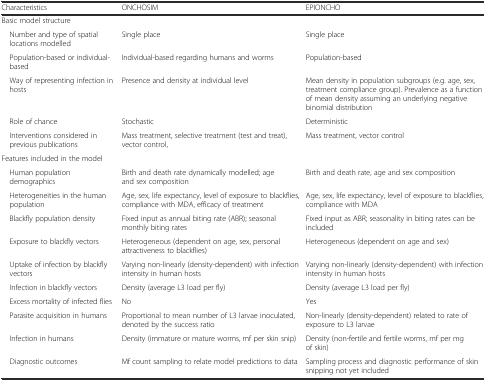
| Characteristics | ONCHOSIM | EPIONCHO |
 | --- | --- | --- |
 | Basic model structure |  |  |
 | Number and type of spatial locations modelled | Single place | Single place |
 | Population-based or individual-based | Individual-based regarding humans and worms | Population-based |
 | Way of representing infection in hosts | Presence and density at individual level | Mean density in population subgroups (e.g. age, sex, treatment compliance group). Prevalence as a function of mean density assuming an underlying negative binomial distribution |
 | Role of chance | Stochastic | Deterministic |
 | Interventions considered in previous publications | Mass treatment, selective treatment (test and treat), vector control, | Mass treatment, vector control |
 | Features included in the model |  |  |
 | Human population demographics | Birth and death rate dynamically modelled; age and sex composition | Birth and death rate, age and sex composition |
 | Heterogeneities in the human population | Age, sex, life expectancy, level of exposure to blackflies, compliance with MDA, efficacy of treatment | Age, sex, life expectancy, level of exposure to blackflies, compliance with MDA |
 | Blackfly population density | Fixed input as annual biting rate (ABR); seasonal monthly biting rates | Fixed input as ABR; seasonality in biting rates can be included |
 | Exposure to blackfly vectors | Heterogeneous (dependent on age, sex, personal attractiveness to blackflies) | Heterogeneous (dependent on age and sex) |
 | Uptake of infection by blackfly vectors | Varying non-linearly (density-dependent) with infection intensity in human hosts | Varying non-linearly (density-dependent) with infection intensity in human hosts |
 | Infection in blackfly vectors | Density (average L3 load per fly) | Density (average L3 load per fly) |
 | Excess mortality of infected flies | No | Yes |
 | Parasite acquisition in humans | Proportional to mean number of L3 larvae inoculated, denoted by the success ratio | Non-linearly (density-dependent) related to rate of exposure to L3 larvae |
 | Infection in humans | Density (immature or mature worms, mf per skin snip) | Density (non-fertile and fertile worms, mf per mg of skin) |
 | Diagnostic outcomes | Mf count sampling to relate model predictions to data | Sampling process and diagnostic performance of skin snipping not yet included |